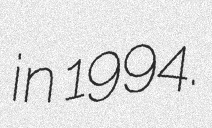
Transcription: in 1994.